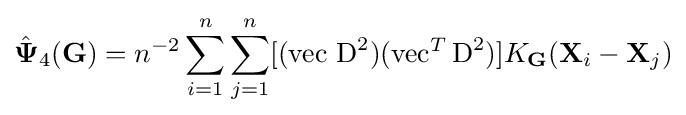
{\hat {\mathbf {\Psi } }}_{4}(\mathbf {G} )=n^{-2}\sum _{i=1}^{n}\sum _{j=1}^{n}[(\operatorname {vec} \,\operatorname {D} ^{2})(\operatorname {vec} ^{T}\operatorname {D} ^{2})]K_{\mathbf {G} }(\mathbf {X} _{i}-\mathbf {X} _{j})